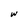
Character: w